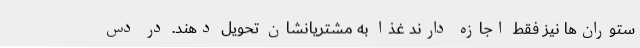
ستوران‌ها نیز فقط اجازه دارند غذا به مشتریانشان تحویل دهند. در دس